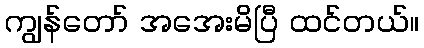
ကျွန်တော် အအေးမိပြီ ထင်တယ်။